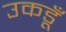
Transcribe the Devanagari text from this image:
उकडूँ